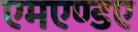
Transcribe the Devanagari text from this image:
एमएण्डए